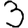
Digit: 3